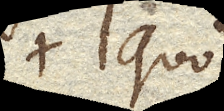
Quo